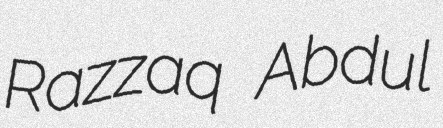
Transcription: Razzaq Abdul